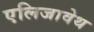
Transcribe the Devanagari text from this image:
एलिजावेथ